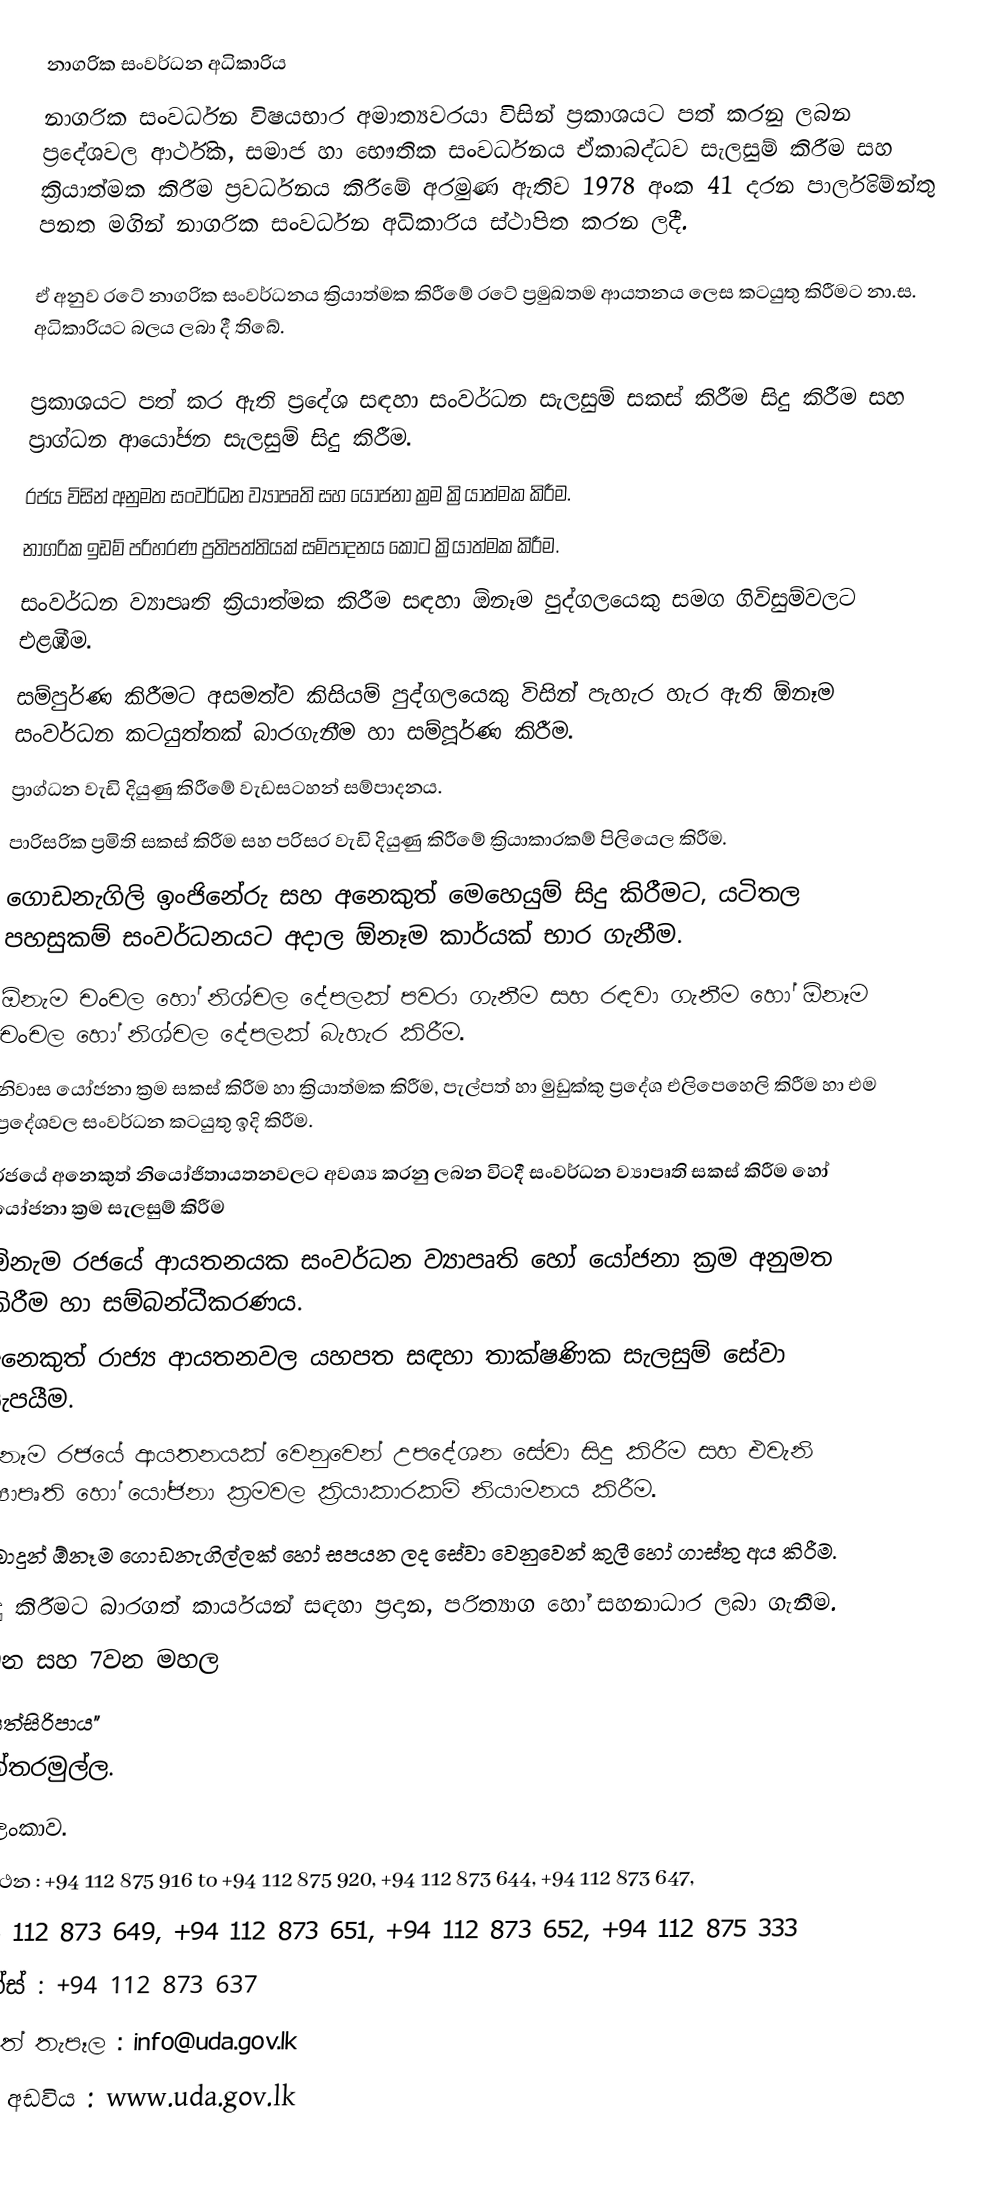
නාගරික සංවර්ධන අධිකාරිය
නාගරික සංවර්ධන විෂයභාර අමාත්‍යවරයා විසින් ප්‍රකාශයට පත් කරනු ලබන ප්‍රදේශවල ආර්ථික, සමාජ හා භෞතික සංවර්ධනය ඒකාබද්ධව සැලසුම් කිරීම සහ ක්‍රියාත්මක කිරීම ප්‍රවර්ධනය කිරීමේ අරමුණ ඇතිව 1978 අංක 41 දරන පාර්ලිමේන්තු පනත මගින් නාගරික සංවර්ධන අධිකාරිය ස්ථාපිත කරන ලදී.

ඒ අනුව රටේ නාගරික සංවර්ධනය ක්‍රියාත්මක කිරීමේ රටේ ප්‍රමුඛතම ආයතනය ලෙස කටයුතු කිරීමට නා.ස. අධිකාරියට බලය ලබා දී තිබේ.

ප්‍රකාශයට පත් කර ඇති ප්‍රදේශ සඳහා සංවර්ධන සැලසුම් සකස් කිරීම සිදු කිරීම සහ ප්‍රාග්ධන ආයෝජන සැලසුම් සිදු කිරීම.
රජය විසින් අනුමත සංවර්ධන ව්‍යාපෘති සහ යෝජනා ක්‍රම ක්‍රියාත්මක කිරීම.
නාගරික ඉඩම් පරිහරණ ප්‍රතිපත්තියක් සම්පාදනය කොට ක්‍රියාත්මක කිරීම.
සංවර්ධන ව්‍යාපෘති ක්‍රියාත්මක කිරීම සඳහා ඕනෑම පුද්ගලයෙකු සමග ගිවිසුම්වලට එළඹීම.
සම්පුර්ණ කිරීමට අසමත්ව කිසියම් පුද්ගලයෙකු විසින් පැහැර හැර ඇති ඕනෑම සංවර්ධන කටයුත්තක් බාරගැනීම හා සම්පූර්ණ කිරීම.
ප්‍රාග්ධන වැඩි දියුණු කිරීමේ වැඩසටහන් සම්පාදනය.
පාරිසරික ප්‍රමිති සකස් කිරීම සහ පරිසර වැඩි දියුණු කිරීමේ ක්‍රියාකාරකම් පිලියෙල කිරීම.
ගොඩනැගිලි ඉංජිනේරු සහ අනෙකුත් මෙහෙයුම් සිදු කිරීමට, යටිතල පහසුකම් සංවර්ධනයට අදාල ඕනෑම කාර්යක් භාර ගැනීම.
ඕනැම චංචල හෝ නිශ්චල දේපලක් පවරා ගැනීම සහ රඳවා ගැනීම හෝ ඕනෑම චංචල හෝ නිශ්චල දේපලක් බැහැර කිරීම.
නිවාස යෝජනා ක්‍රම සකස් කිරීම හා ක්‍රියාත්මක කිරීම, පැල්පත් හා මුඩුක්කු ප්‍රදේශ එලිපෙහෙලි කිරීම හා එම ප්‍රදේශවල සංවර්ධන කටයුතු ඉදි කිරීම.
රජයේ අනෙකුත් නියෝජිතායතනවලට අවශ්‍ය කරනු ලබන විටදී සංවර්ධන ව්‍යාපෘති සකස් කිරීම හෝ යෝජනා ක්‍රම සැලසුම් කිරීම
ඕනැම රජයේ ආයතනයක සංවර්ධන ව්‍යාපෘති හෝ යෝජනා ක්‍රම අනුමත කිරීම හා සම්බන්ධීකරණය.
අනෙකුත් රාජ්‍ය ආයතනවල යහපත සඳහා තාක්ෂණික සැලසුම් සේවා සැපයීම.
ඕනෑම රජයේ ආයතනයක් වෙනුවෙන් උපදේශන සේවා සිදු කිරීම සහ එවැනි ව්‍යාපෘති හෝ යෝජනා ක්‍රමවල ක්‍රියාකාරකම් නියාමනය කිරීම.
ලබාදුන් ඕනෑම ගොඩනැගිල්ලක් හෝ සපයන ලද සේවා වෙනුවෙන් කුලී හෝ ගාස්තු අය කිරීම.
සිදු කිරීමට බාරගත් කාර්යයන් සඳහා ප්‍රදාන, පරිත්‍යාග හෝ සහනාධාර ලබා ගැනීම.
	6වන සහ 7වන මහල
"සෙත්සිරිපාය"
බත්තරමුල්ල.
ශ්‍රී ලංකාව.
	දුරකථන	:	+94 112 875 916 to +94 112 875 920, +94 112 873 644, +94 112 873 647,
+94 112 873 649, +94 112 873 651, +94 112 873 652, +94 112 875 333
	ෆැක්ස්	:	+94 112 873 637
 	විද්‍යුත් තැපෑල	:	info@uda.gov.lk
 	වෙබ් අඩවිය	:	www.uda.gov.lk